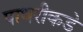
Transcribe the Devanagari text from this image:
पाथरीकडे